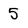
Character: 5